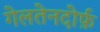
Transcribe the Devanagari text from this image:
गेलतेनदोर्फ़